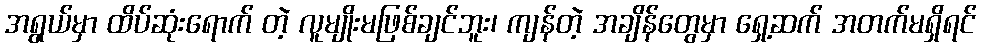
အရွယ်မှာ ထိပ်ဆုံးရောက် တဲ့ လူမျိုးမဖြစ်ချင်ဘူး၊ ကျန်တဲ့ အချိန်တွေမှာ ရှေ့ဆက် အတက်မရှိရင်